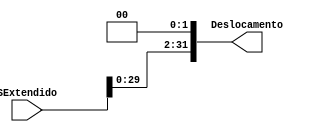
module D2Esquerda (SExtendido, Deslocamento);

	input wire [31:0] SExtendido;
	output reg [31:0] Deslocamento;

	always @(SExtendido) begin
		Deslocamento = SExtendido << 2;
	end

endmodule